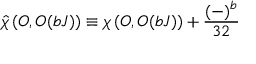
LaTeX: \widehat { \chi } \left( { \cal O } , { \cal O } ( b J ) \right) \equiv \chi \left( { \cal O } , { \cal O } ( b J ) \right) + { \frac { ( - ) ^ { b } } { 3 2 } }